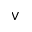
\vee